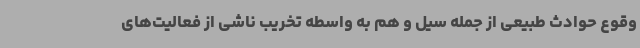
وقوع حوادث طبیعی از جمله سیل و هم به واسطه تخریب ناشی از فعالیت‌های